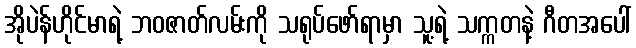
အိုပဲန်ဟိုင်မာရဲ့ ဘဝဇာတ်လမ်းကို သရုပ်ဖော်ရာမှာ သူ့ရဲ့ သက္ကတနဲ့ ဂီတအပေါ်